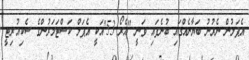
އެޕަލުން ނެރުނު ބަޔާނެއްގައި ބުނެފައި ވަނީ "އެރޯ 53"އަކީ އެޕަލް ކަސްޓަމަރުންގެ ސެކިއުރިޓީ